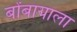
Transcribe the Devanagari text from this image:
बोंबायाला